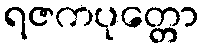
ရဇကပုတ္တော